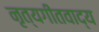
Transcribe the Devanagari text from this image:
नृत्यगीतवाद्य